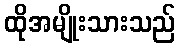
ထိုအမျိုးသားသည်